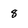
Character: 8